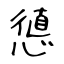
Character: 憄